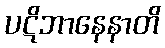
ပဋိဘာနေနာတိ